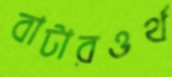
বাটারওর্থ